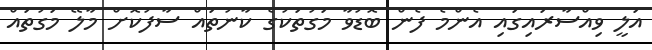
އަލީ ވިއްސާރައިގައި އެންމެ ފެން ބޮޑުވާ މަގުތަކުގެ ކާނުތައް ސާފުކޮށް މާލޭ މަގުތައް